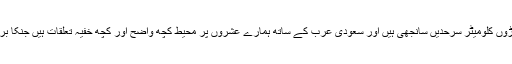
یاد رہے کہ ایران کے ساتھ ہماری سینکڑوں کلومیٹر سرحدیں سانجھی ہیں اور سعودی عرب کے ساتھ ہمارے عشروں پر محیط کچھ واضح اور کچھ خفیہ تعلقات ہیں جنکا براہ راست ہماری سیکورٹی سے تعلق ہے۔